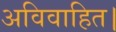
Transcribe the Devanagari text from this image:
अविवाहित।